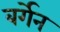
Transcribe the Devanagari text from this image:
बर्गेन